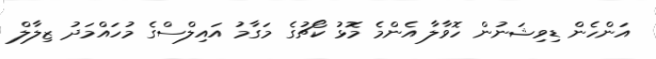
އަންހެން ޑިވިޝަނުން ހޮވާލާ އެންމެ މޮޅު ކޯޗުގެ މަގާމު އައިލްސްގެ މުހައްމަދު ޒިލާލް